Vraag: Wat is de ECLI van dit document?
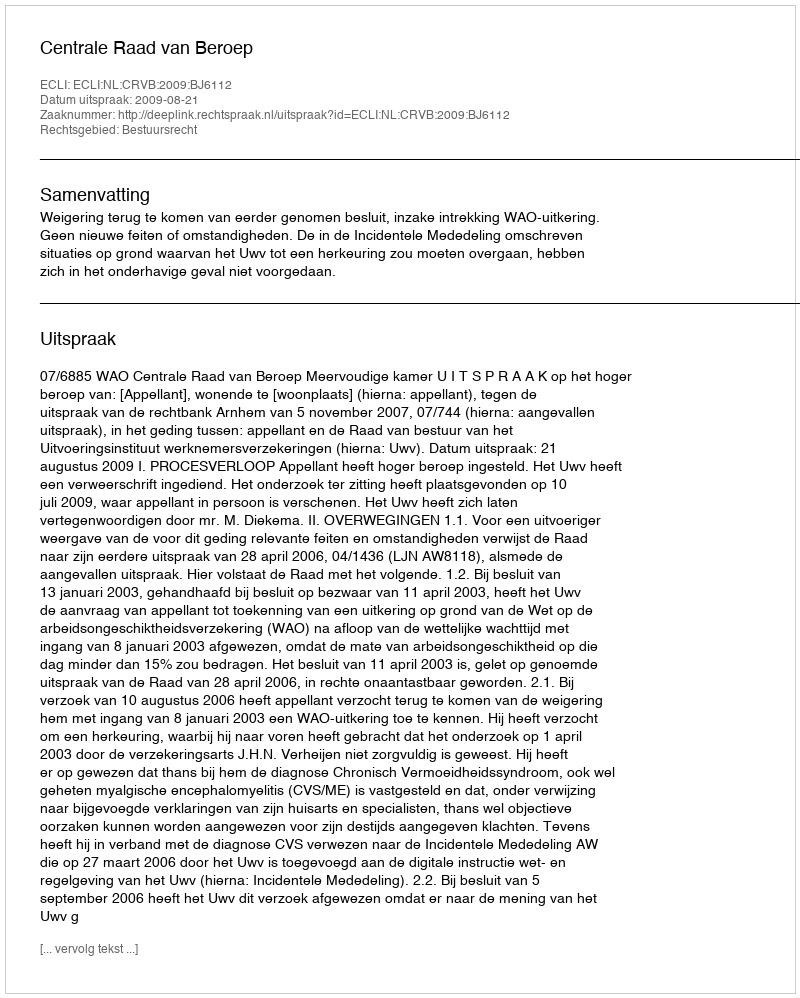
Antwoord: ECLI:NL:CRVB:2009:BJ6112